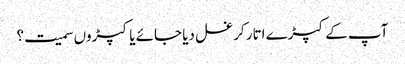
آپ کے کپڑے اتار کر غسل دیا جائے یا کپڑوں سمیت؟